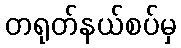
တရုတ်နယ်စပ်မှ